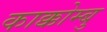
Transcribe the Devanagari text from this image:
काक्कोम्बु